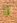
لا